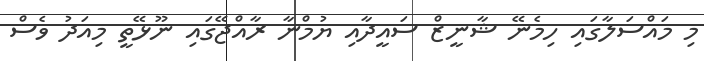
މި މައްސަލާގައި ހިމެނޭ ޝާނީޒް ސައީދާއި ޔުމްނާ ރާއްޖޭގައި ނޫޅޭތީ މިއަދު ވެސް